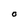
Character: O